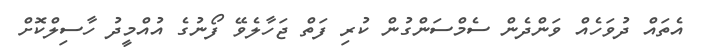
އެތައް ދުވަހެއް ވަންދެން ސެމްސަންގުން ކުރި ފަތް ޖަހާލެވޭ ފޯނުގެ އުއްމީދު ހާސިލްކޮށް